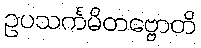
ဥပသင်္ကမိတဗ္ဗောတိ